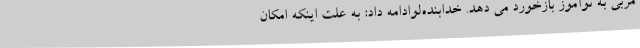
مربی به نوآموز بازخورد می دهد. خدابنده‌لوادامه داد: به علت اینکه امکان